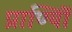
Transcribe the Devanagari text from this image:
प्राण्यिों